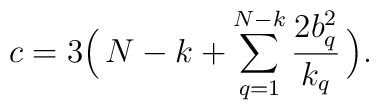
c=3\Bigl(\,N-k+\sum_{q=1}^{N-k}{2b_{q}^2\over k_{q}}\,\Bigr).